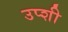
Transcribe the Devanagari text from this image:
उप्शी